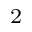
\mathrm { _ 2 }